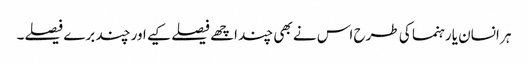
ہر انسان یا رہنما کی طرح اس نے بھی چند اچھے فیصلے کیے اور چند برے فیصلے۔